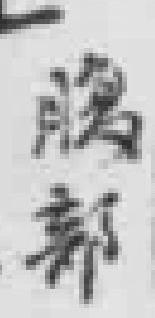
腹部